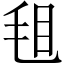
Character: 𣭒